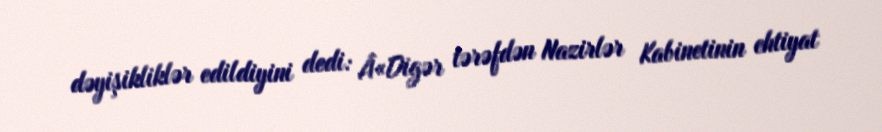
dəyişikliklər edildiyini dedi: Â«Digər tərəfdən Nazirlər Kabinetinin ehtiyat